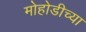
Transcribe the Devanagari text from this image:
मोहोडीच्या